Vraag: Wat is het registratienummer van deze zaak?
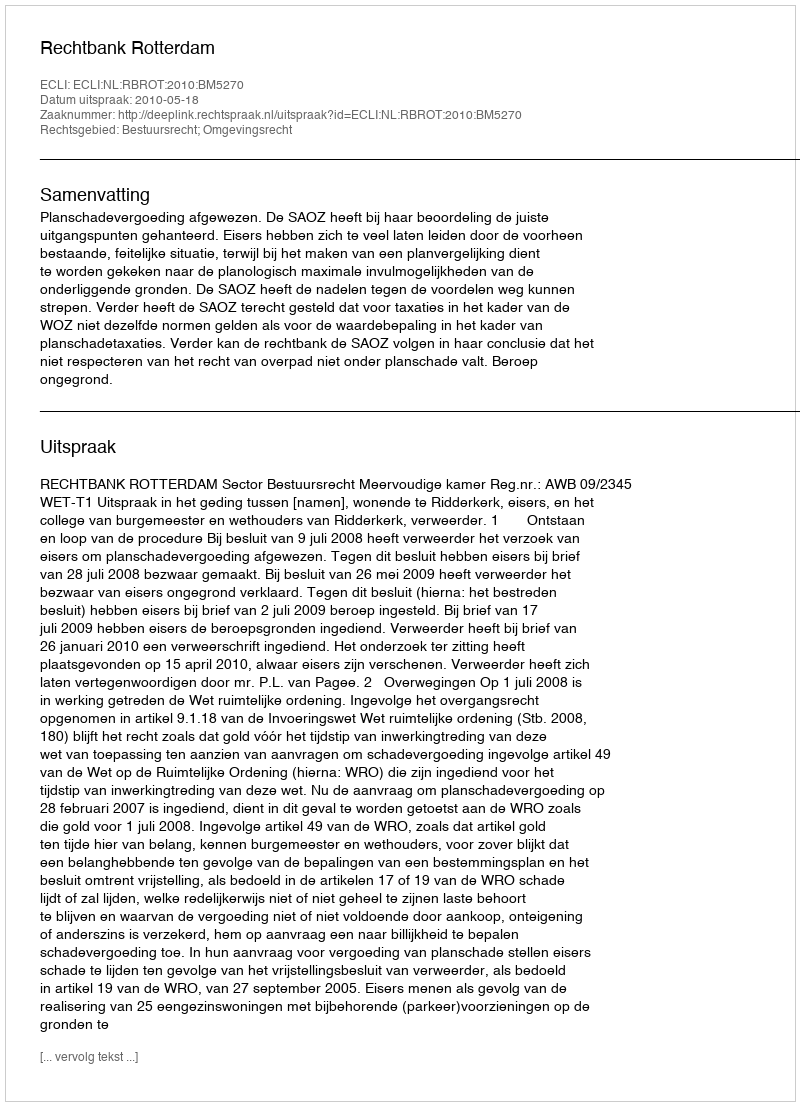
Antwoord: http://deeplink.rechtspraak.nl/uitspraak?id=ECLI:NL:RBROT:2010:BM5270